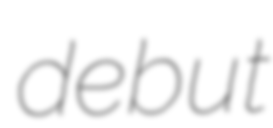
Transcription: debut